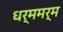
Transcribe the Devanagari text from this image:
धर्ममर्म